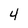
Character: 4